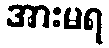
အားမရ